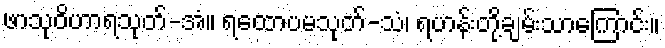
ဖာသုဝိဟာရသုတ်-အံ။ ရထောပမသုတ်-သံ၊ ရဟန်းတို့ချမ်းသာကြောင်း။